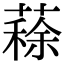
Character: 𦺪